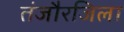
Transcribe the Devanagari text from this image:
तंजौरजिला